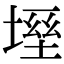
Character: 𡏀